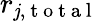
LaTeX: r_{\mathit{j},\mathrm{{~t~o~t~a~l~}}}